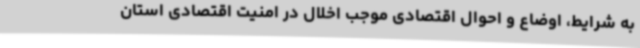
به شرایط، اوضاع و احوال اقتصادی موجب اخلال در امنیت اقتصادی استان